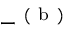
- ^ { \mathrm { ~ ( ~ b ~ ) ~ } }